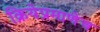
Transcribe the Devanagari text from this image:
क्रियेप्रमाणेच